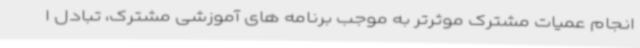
انجام عمیات مشترک موثرتر به موجب برنامه های آموزشی مشترک، تبادل ا